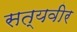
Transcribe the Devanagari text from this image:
सत्यवीर